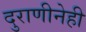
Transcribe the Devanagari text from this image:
दुराणीनेही